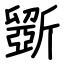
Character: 斵